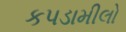
કપડામીલો